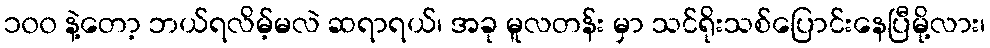
၁၀၀ နဲ့တော့ ဘယ်ရလိမ့်မလဲ ဆရာရယ်၊ အခု မူလတန်း မှာ သင်ရိုးသစ်ပြောင်းနေပြီမို့လား၊